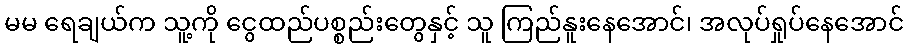
မမ ရေချယ်က သူ့ကို ငွေထည်ပစ္စည်းတွေနှင့် သူ ကြည်နူးနေအောင်၊ အလုပ်ရှုပ်နေအောင်